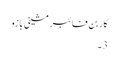
کاربن فائبر مشینی بازو
3 ۔